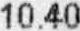
10.40